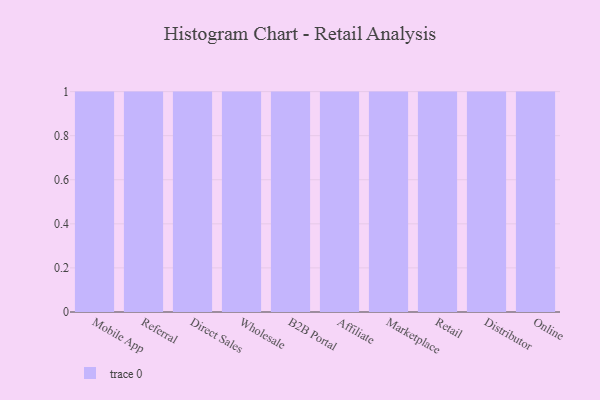
{"axis": {"x": "Channel", "y": "Conversion Rate (%)"}, "legend": [""], "data": [{"x": "Mobile App", "y": 41, "type": ""}, {"x": "Referral", "y": 71, "type": ""}, {"x": "Direct Sales", "y": 9, "type": ""}, {"x": "Wholesale", "y": 69, "type": ""}, {"x": "B2B Portal", "y": 22, "type": ""}, {"x": "Affiliate", "y": 43, "type": ""}, {"x": "Marketplace", "y": 10, "type": ""}, {"x": "Retail", "y": 97, "type": ""}, {"x": "Distributor", "y": 84, "type": ""}, {"x": "Online", "y": 34, "type": ""}]}